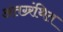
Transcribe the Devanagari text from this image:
अंतग्र्रंथित